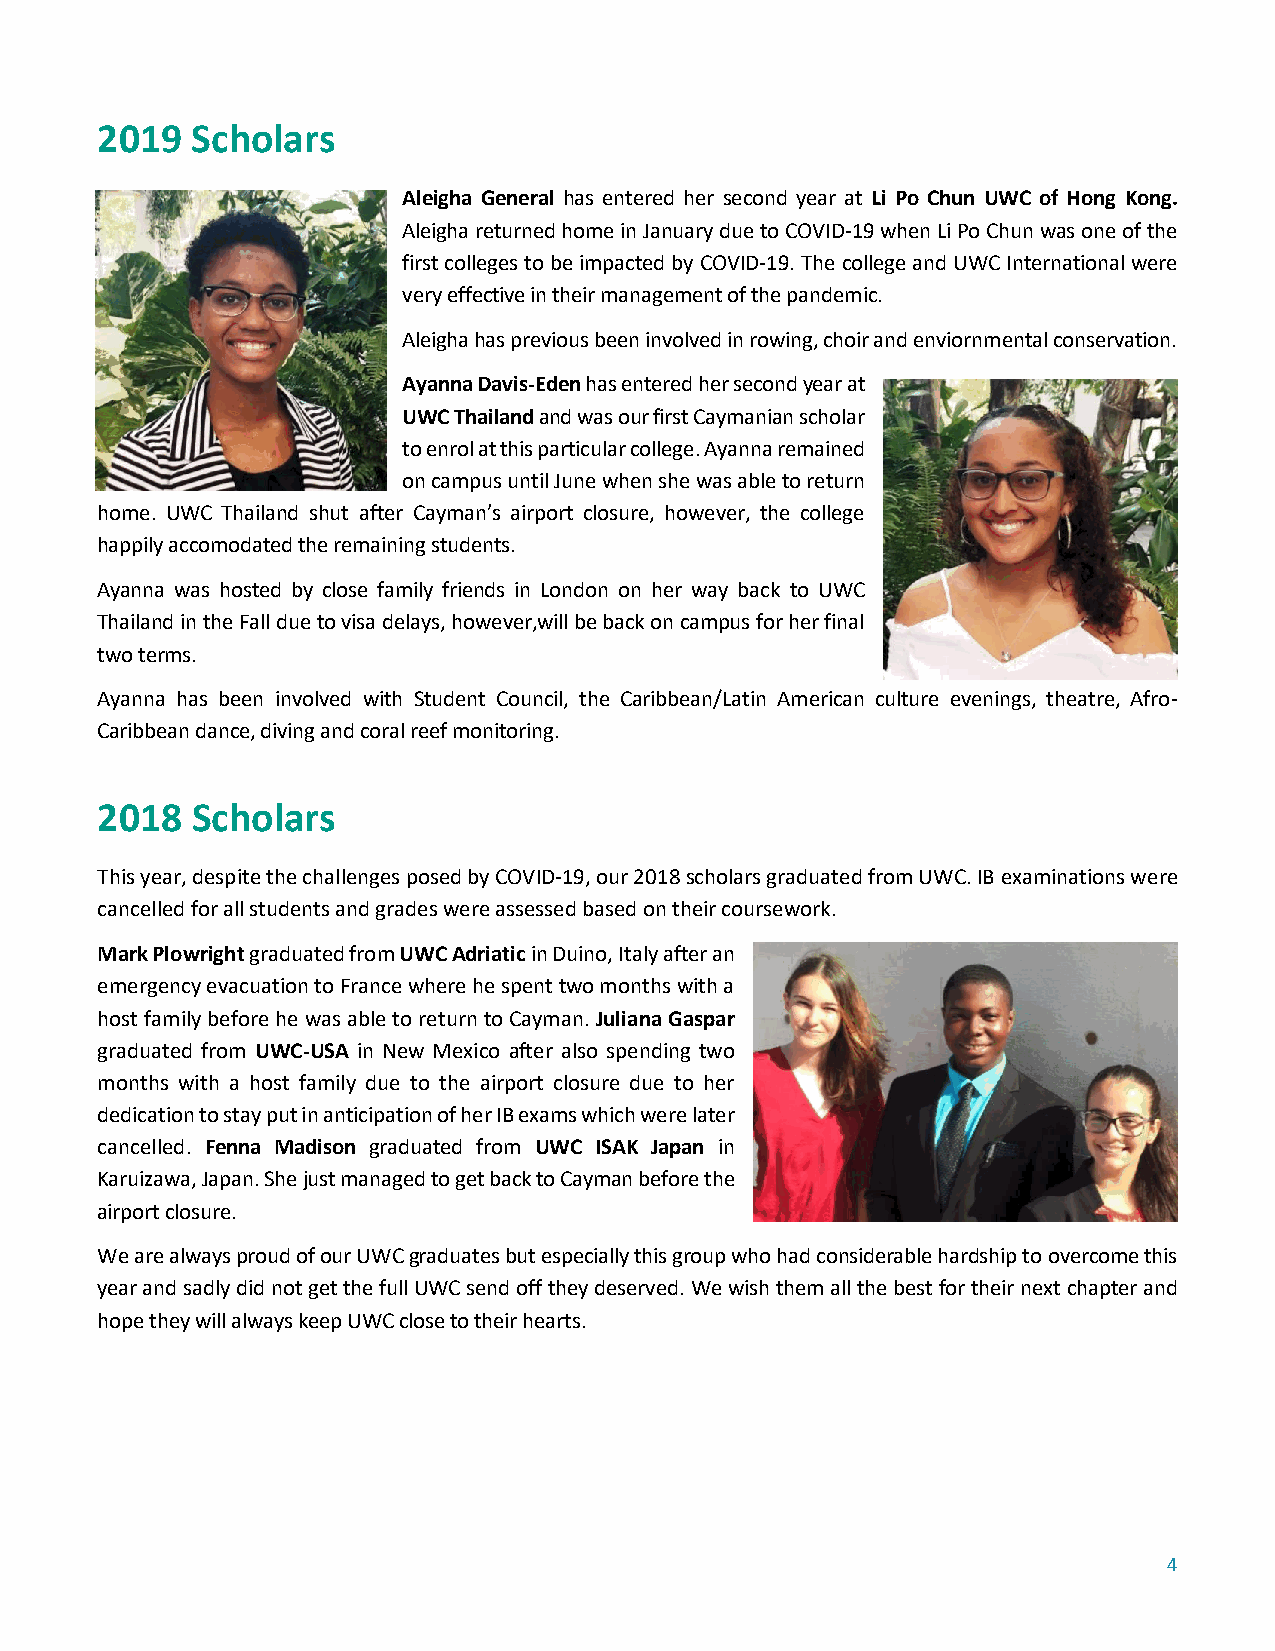
2019   Scholars
 Aleigha General has entered her second year at Li Po Chun UWC of Hong Kong.
 Aleigha returned home in January due to COVID-19 when Li Po Chun was one of the
 first colleges to be impacted by COVID-19. The college and UWC International were
 very effective in their management of the pandemic.
 Aleigha has previous been involved in rowing, choir and enviornmental conservation.
 Ayanna Davis-Eden has entered her second year at
 UWC Thailand and was our first Caymanian scholar
 to enrol at this particular college. Ayanna remained
 on campus until June when she was able to return
 home. UWC Thailand shut after Cayman’s airport closure, however, the college
 happily accomodated the remaining students.
 Ayanna was hosted by close family friends in London on her way back to UWC
 Thailand in the Fall due to visa delays, however,will be back on campus for her final
 two terms.
 Ayanna has been involved with Student Council, the Caribbean/Latin American culture evenings, theatre, Afro-
 Caribbean dance, diving and coral reef monitoring.
 2018   Scholars
 This year, despite the challenges posed by COVID-19, our 2018 scholars graduated from UWC. IB examinations were
 cancelled for all students and grades were assessed based on their coursework.
 Mark Plowright graduated from UWC Adriatic in Duino, Italy after an
 emergency evacuation to France where he spent two months with a
 host family before he was able to return to Cayman. Juliana Gaspar
 graduated from UWC-USA in New Mexico after also spending two
 months with a host family due to the airport closure due to her
 dedication to stay put in anticipation of her IB exams which were later
 cancelled. Fenna Madison graduated from UWC ISAK Japan in
 Karuizawa, Japan. She just managed to get back to Cayman before the
 airport closure.
 We are always proud of our UWC graduates but especially this group who had considerable hardship to overcome this
 year and sadly did not get the full UWC send off they deserved. We wish them all the best for their next chapter and
 hope they will always keep UWC close to their hearts.
 4